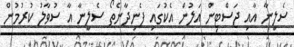
ސެލީނާ އާއި ޖަސްޓިން އަލުން އެކުގައި ފެނިދާނެތޯ ސެލީނާ އާ ސުވާލު ކުރުމުން